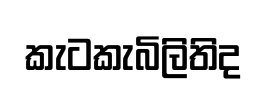
කැටකැබිලිතිද